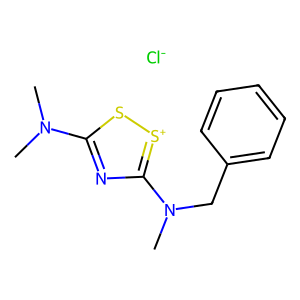
SMILES: CN(C)c1nc(N(C)Cc2ccccc2)[s+]s1.[Cl-]
Inhibits HIV replication: No